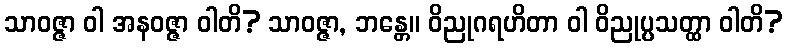
သာဝဇ္ဇာ ဝါ အနဝဇ္ဇာ ဝါတိ? သာဝဇ္ဇာ, ဘန္တေ။ ဝိညုဂရဟိတာ ဝါ ဝိညုပ္ပသတ္ထာ ဝါတိ?